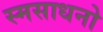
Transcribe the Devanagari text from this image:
स्मसाधनो